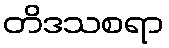
တိဒသစရာ